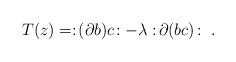
LaTeX: \begin{align*}T(z) = :\! (\partial b) c \! : - \lambda :\! \partial( bc ) \! :\ .\end{align*}